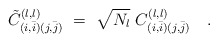
\begin{align*}{{\tilde C}_{( i, \bar i )( j,\bar j )} }^{( l, l )} \ = \ {\sqrt{N_l} \ C_{( i, \bar i )(j,\bar j )}^{( l, l )} }\quad . \end{align*}